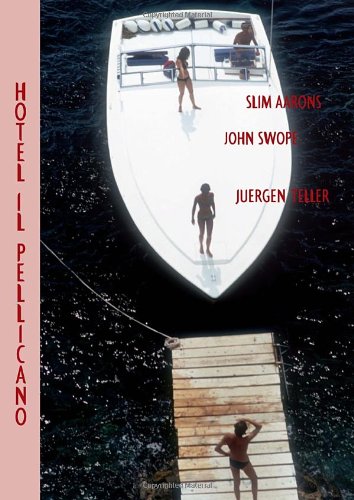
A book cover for Hotel Il Pellicano; Travel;